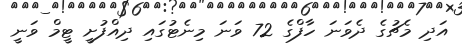
އަދި މެޗުގެ ދެވަނަ ހާފްގެ 72 ވަނަ މިނެޓުގައި ދިއްފުށީ ޓީމް ވަނީ